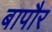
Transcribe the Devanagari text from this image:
बापौर